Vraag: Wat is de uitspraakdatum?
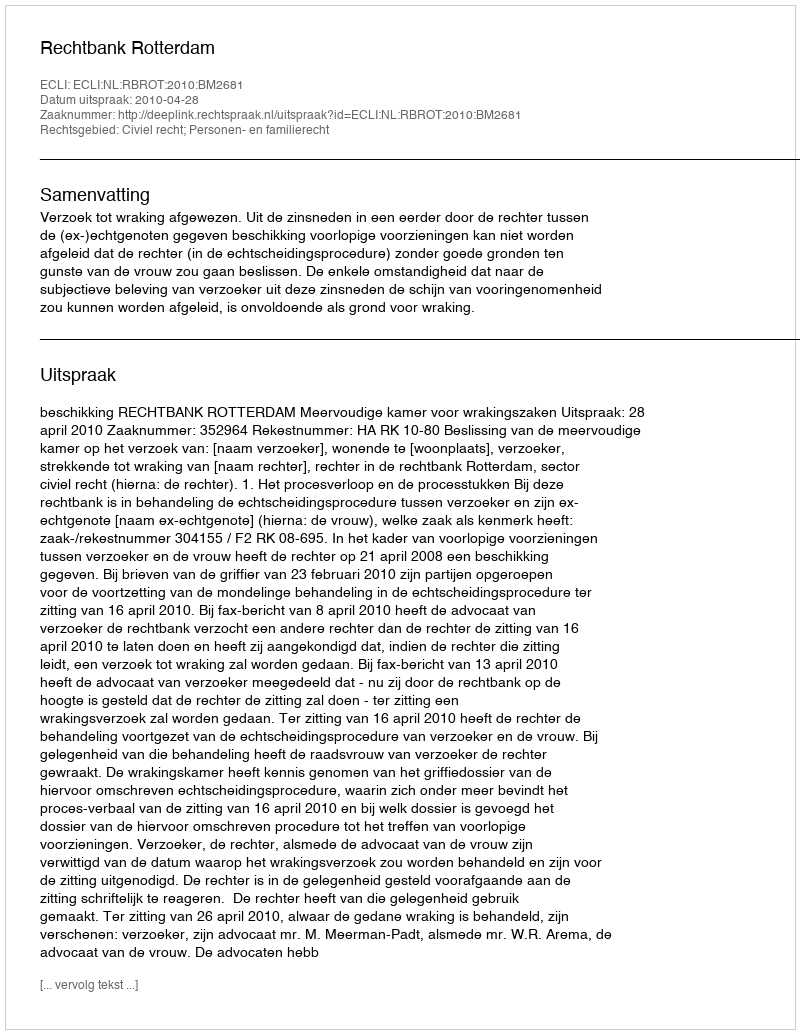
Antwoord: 2010-04-28